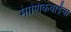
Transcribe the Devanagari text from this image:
माणिकबाईंचा